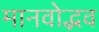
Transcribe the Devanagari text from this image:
मानवोद्भव